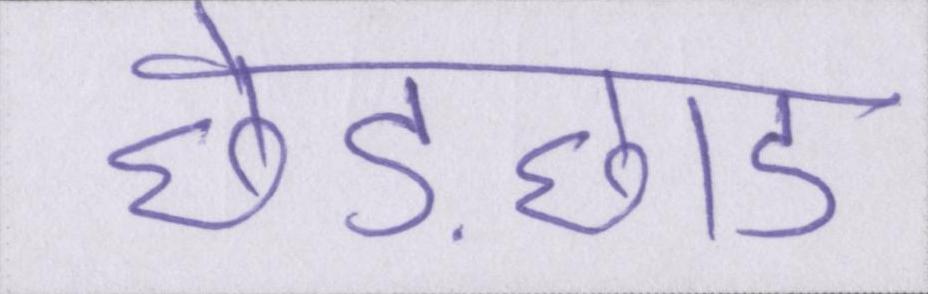
छेड़छाड़